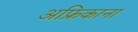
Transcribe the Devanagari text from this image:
अफ्रिकाना